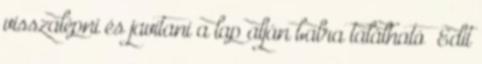
visszalépni és javítani a lap alján balra található „Edit